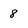
Character: 8